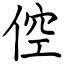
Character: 倥